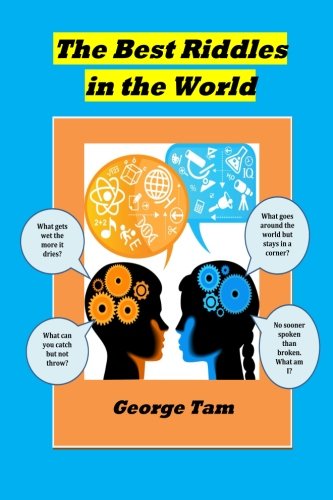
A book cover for The Best Riddles in The World; George Tam; Humor & Entertainment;